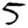
Digit: 5